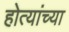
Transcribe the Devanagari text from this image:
होत्यांच्या